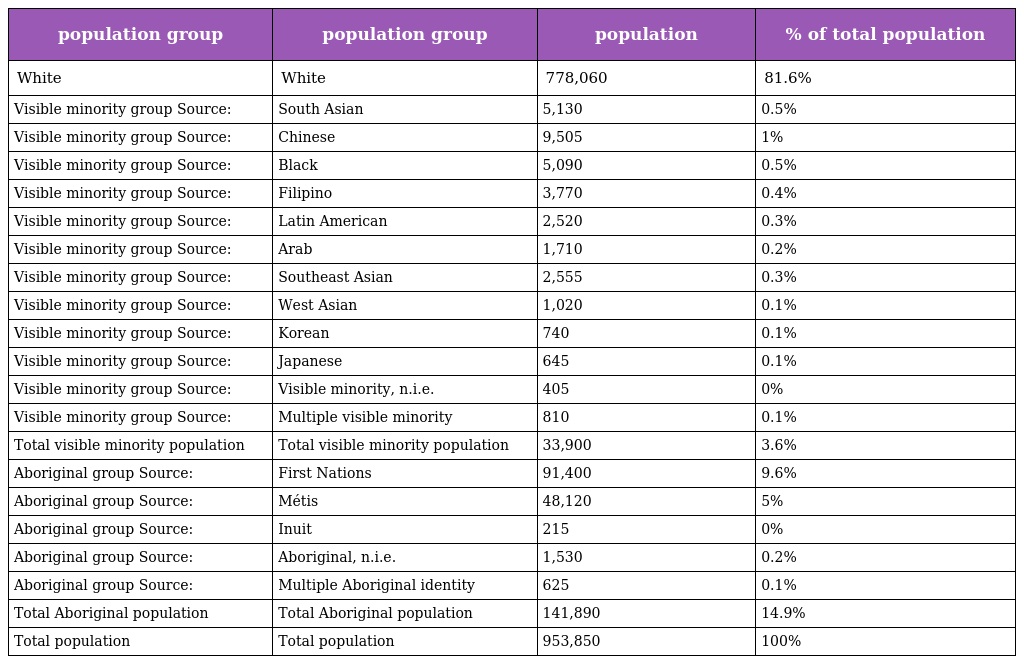
| population group | population group | population | % of total population |
 | --- | --- | --- | --- |
 | White | White | 778,060 | 81.6% |
 | Visible minority group Source: | South Asian | 5,130 | 0.5% |
 | Visible minority group Source: | Chinese | 9,505 | 1% |
 | Visible minority group Source: | Black | 5,090 | 0.5% |
 | Visible minority group Source: | Filipino | 3,770 | 0.4% |
 | Visible minority group Source: | Latin American | 2,520 | 0.3% |
 | Visible minority group Source: | Arab | 1,710 | 0.2% |
 | Visible minority group Source: | Southeast Asian | 2,555 | 0.3% |
 | Visible minority group Source: | West Asian | 1,020 | 0.1% |
 | Visible minority group Source: | Korean | 740 | 0.1% |
 | Visible minority group Source: | Japanese | 645 | 0.1% |
 | Visible minority group Source: | Visible minority, n.i.e. | 405 | 0% |
 | Visible minority group Source: | Multiple visible minority | 810 | 0.1% |
 | Total visible minority population | Total visible minority population | 33,900 | 3.6% |
 | Aboriginal group Source: | First Nations | 91,400 | 9.6% |
 | Aboriginal group Source: | Métis | 48,120 | 5% |
 | Aboriginal group Source: | Inuit | 215 | 0% |
 | Aboriginal group Source: | Aboriginal, n.i.e. | 1,530 | 0.2% |
 | Aboriginal group Source: | Multiple Aboriginal identity | 625 | 0.1% |
 | Total Aboriginal population | Total Aboriginal population | 141,890 | 14.9% |
 | Total population | Total population | 953,850 | 100% |